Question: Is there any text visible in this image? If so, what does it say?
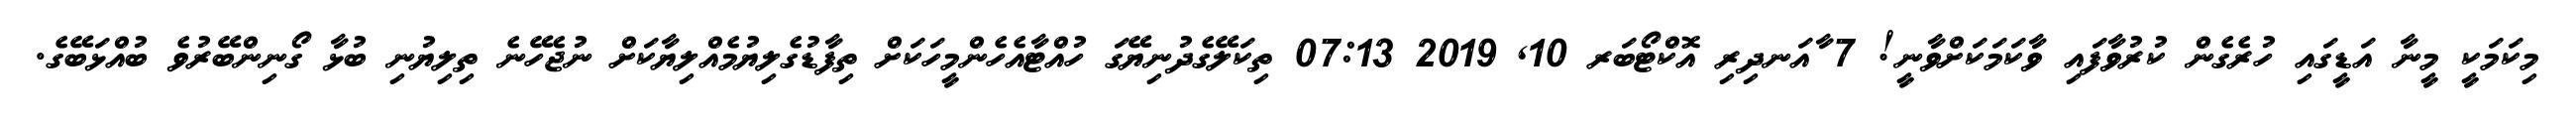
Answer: މިކަމަކީ މީނާ އަޑީގައި ހުރެގެން ކުރުވާފައި ވާކަމަކަށްވާނީ! 7 ާއަނދިރި އޮކްޓޯބަރ 10, 2019 07:13 ތިކަލޭގެދުނިޔޭގަ ހުއްޓާއެހެންމީހަކަށް ތިފާޑުގެލިޔުމެއްލިޔާކަށް ނުޖެހޭނެ ތިލިޔުނި ބުޅާ ގޯނިންބޭރުވެ ބުއްޅަބޭގެ.